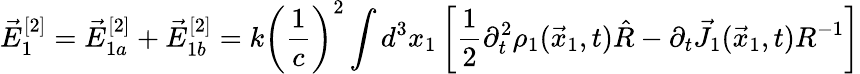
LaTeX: \vec{E}_{1}^{[2]}=\vec{E}_{1a}^{[2]}+\vec{E}_{1b}^{[2]}=k\left(\frac{1}{c}\right)^{2}\int d^{3}x_{1}\left[\frac{1}{2}\partial_{t}^{2}\rho_{1}(\vec{x}_{1},t)\hat{R}-\partial_{t}\vec{J}_{1}(\vec{x}_{1},t)R^{-1}\right]